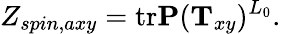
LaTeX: Z_{spin,axy}=\mathrm{tr}{\mathbf P}({\mathbf T}_{xy})^{L_{0}}.